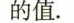
的值。